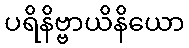
ပရိနိဗ္ဗာယိနိယော